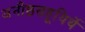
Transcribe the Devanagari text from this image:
अनीष्ठसहूयिर्थे